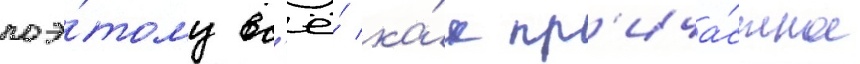
поэ́тому вс'ё́ ка́к пр'ича́стное